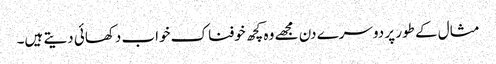
مثال کے طور پر دوسرے دن مجھے وہ کچھ خوفناک خواب دکھائی دیتے ہیں۔